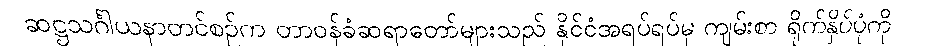
ဆဋ္ဌသင်္ဂါယနာတင်စဉ်က တာဝန်ခံဆရာတော်များသည် နိုင်ငံအရပ်ရပ်မှ ကျမ်းစာ ရိုက်နှိပ်ပုံကို